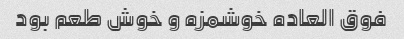
فوق العاده خوشمزه و خوش طعم بود